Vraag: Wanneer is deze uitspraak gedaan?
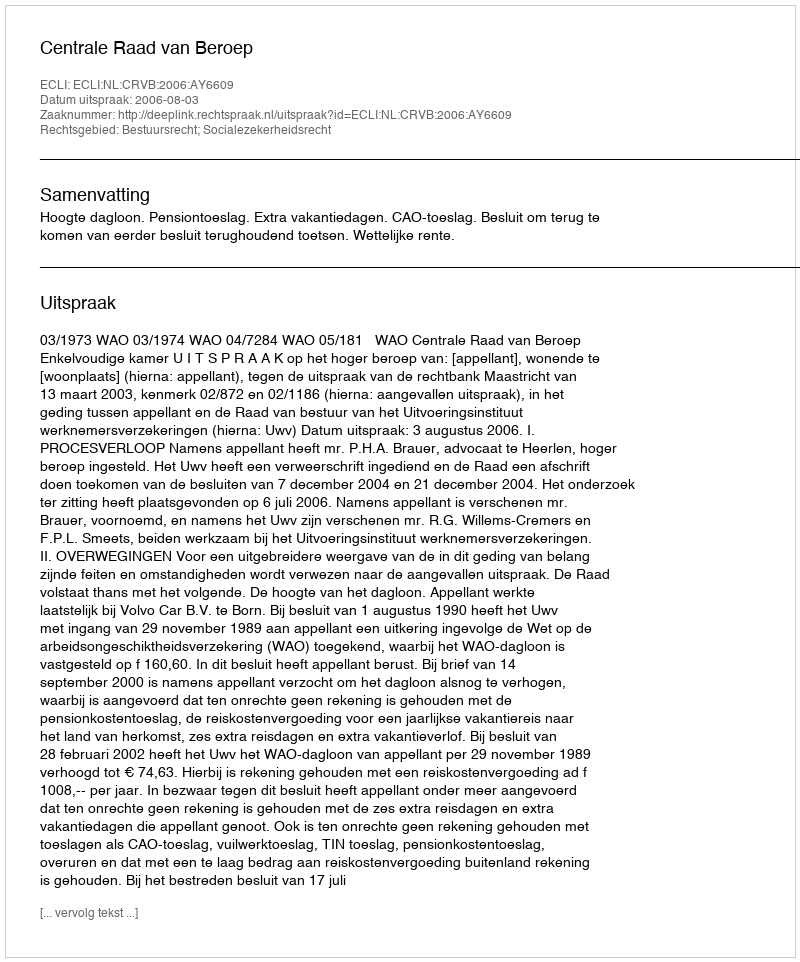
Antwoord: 2006-08-03